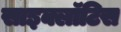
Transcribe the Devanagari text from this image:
साइक्लॉटिस